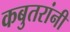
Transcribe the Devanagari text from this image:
कबुतरांनी